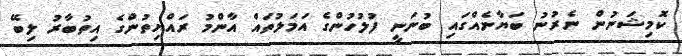
ކޮމިޝަނުން ނެރުނު ބަޔާނެއްގައި ބުނަނީ ފުލުހުންގެ އަމަލުތައް އާންމު ރައްޔިތުންގެ އިތުބާރު ލިބޭ